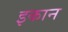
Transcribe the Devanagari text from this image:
इकान